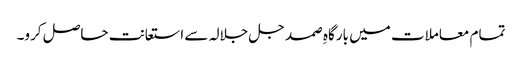
تمام معاملات میں بارگاہِ صمد جل جلالہ سے استعانت حاصل کرو۔